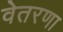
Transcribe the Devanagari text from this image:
वेतरणा